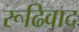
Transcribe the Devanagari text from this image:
रूढिवाद